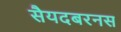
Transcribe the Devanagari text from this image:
सैयदबरनस